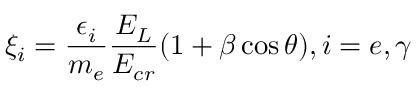
\xi _ { i } = \frac { \epsilon _ { i } } { m _ { e } } \frac { E _ { L } } { E _ { c r } } ( 1 + \beta \cos \theta ) , i = e , \gamma